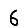
Digit: 6